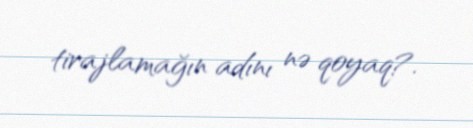
tirajlamağın adını nə qoyaq?.